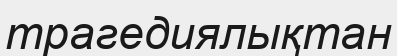
трагедиялықтан